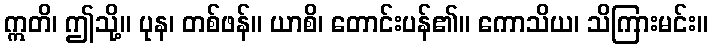
ဣတိ၊ ဤသို့။ ပုန၊ တစ်ဖန်။ ယာစိ၊ တောင်းပန်၏။ ကောသိယ၊ သိကြားမင်း။